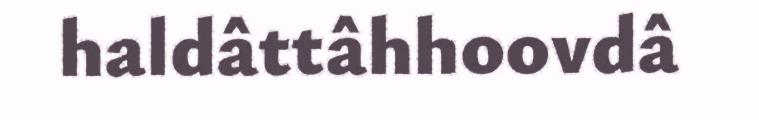
haldâttâhhoovdâ